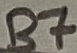
Text: B7